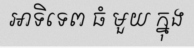
អាទិទេព ធំ មួយ ក្នុង